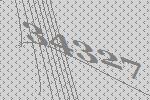
34327